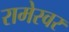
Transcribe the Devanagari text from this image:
रामेस्वर